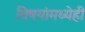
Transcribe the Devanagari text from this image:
विषयांमध्येही